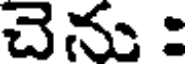
చెను :